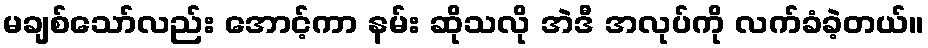
မချစ်သော်လည်း အောင့်ကာ နမ်း ဆိုသလို အဲဒီ အလုပ်ကို လက်ခံခဲ့တယ်။